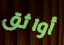
أواثق